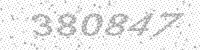
Solution: 380847